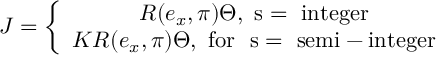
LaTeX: J = \left\{ \begin{array} { c } { { R ( e _ { x } , \pi ) \Theta , \mathrm { ~ s = ~ i n t e g e r } } } \\ { { { \cal K } R ( e _ { x } , \pi ) \Theta , \mathrm { ~ f o r ~ ~ s = ~ s e m i - i n t e g e r } } } \end{array} \right.